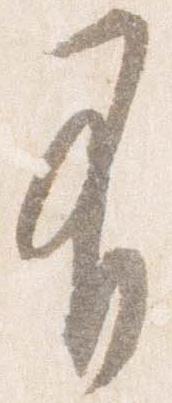
有